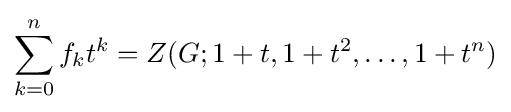
\sum _{k=0}^{n}f_{k}t^{k}=Z(G;1+t,1+t^{2},\ldots ,1+t^{n})